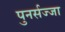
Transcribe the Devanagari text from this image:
पुनर्सज्जा